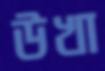
উখা